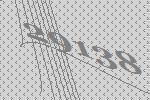
29138